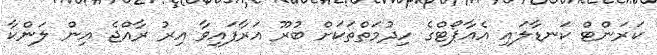
ކަރަންޓް ކަނޑާލައި އެއާޕޯޓްގެ ހިދުމަތްތަކަށް ބުރޫ އަރާފައިވާ އިރު ރާއްޖެ އިން ލަންކާ